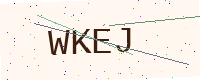
Text: WKEJ